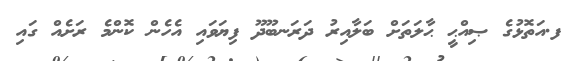
ފ.އަތޮޅުގެ ޞިއްޙީ ޙާލަތަށް ބަލާއިރު ދަރަނބޫދޫ ފިޔަވައި އެހެން ކޮންމެ ރަށެއް ގައި